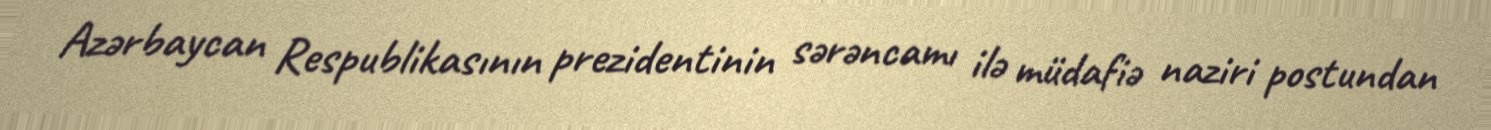
Azərbaycan Respublikasının prezidentinin sərəncamı ilə müdafiə naziri postundan